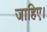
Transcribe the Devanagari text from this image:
जाहिए।